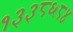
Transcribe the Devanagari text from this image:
१३३८६८४